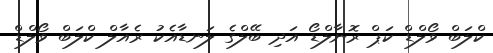
ކްލަބް ވޯލްޑް ކަޕް ރޮނާލްޑޯ އަދި ބޭލްގެ ލަނޑާއެކު ރެއާލް ކްލަބް ވޯލްޑް